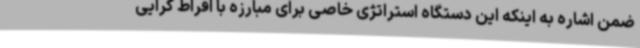
ضمن اشاره به اینکه این دستگاه استراتژی خاصی برای مبارزه با افراط گرایی